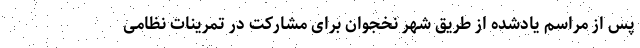
پس از مراسم یادشده از طریق شهر نخجوان برای مشارکت در تمرینات نظامی